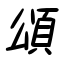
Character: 頌